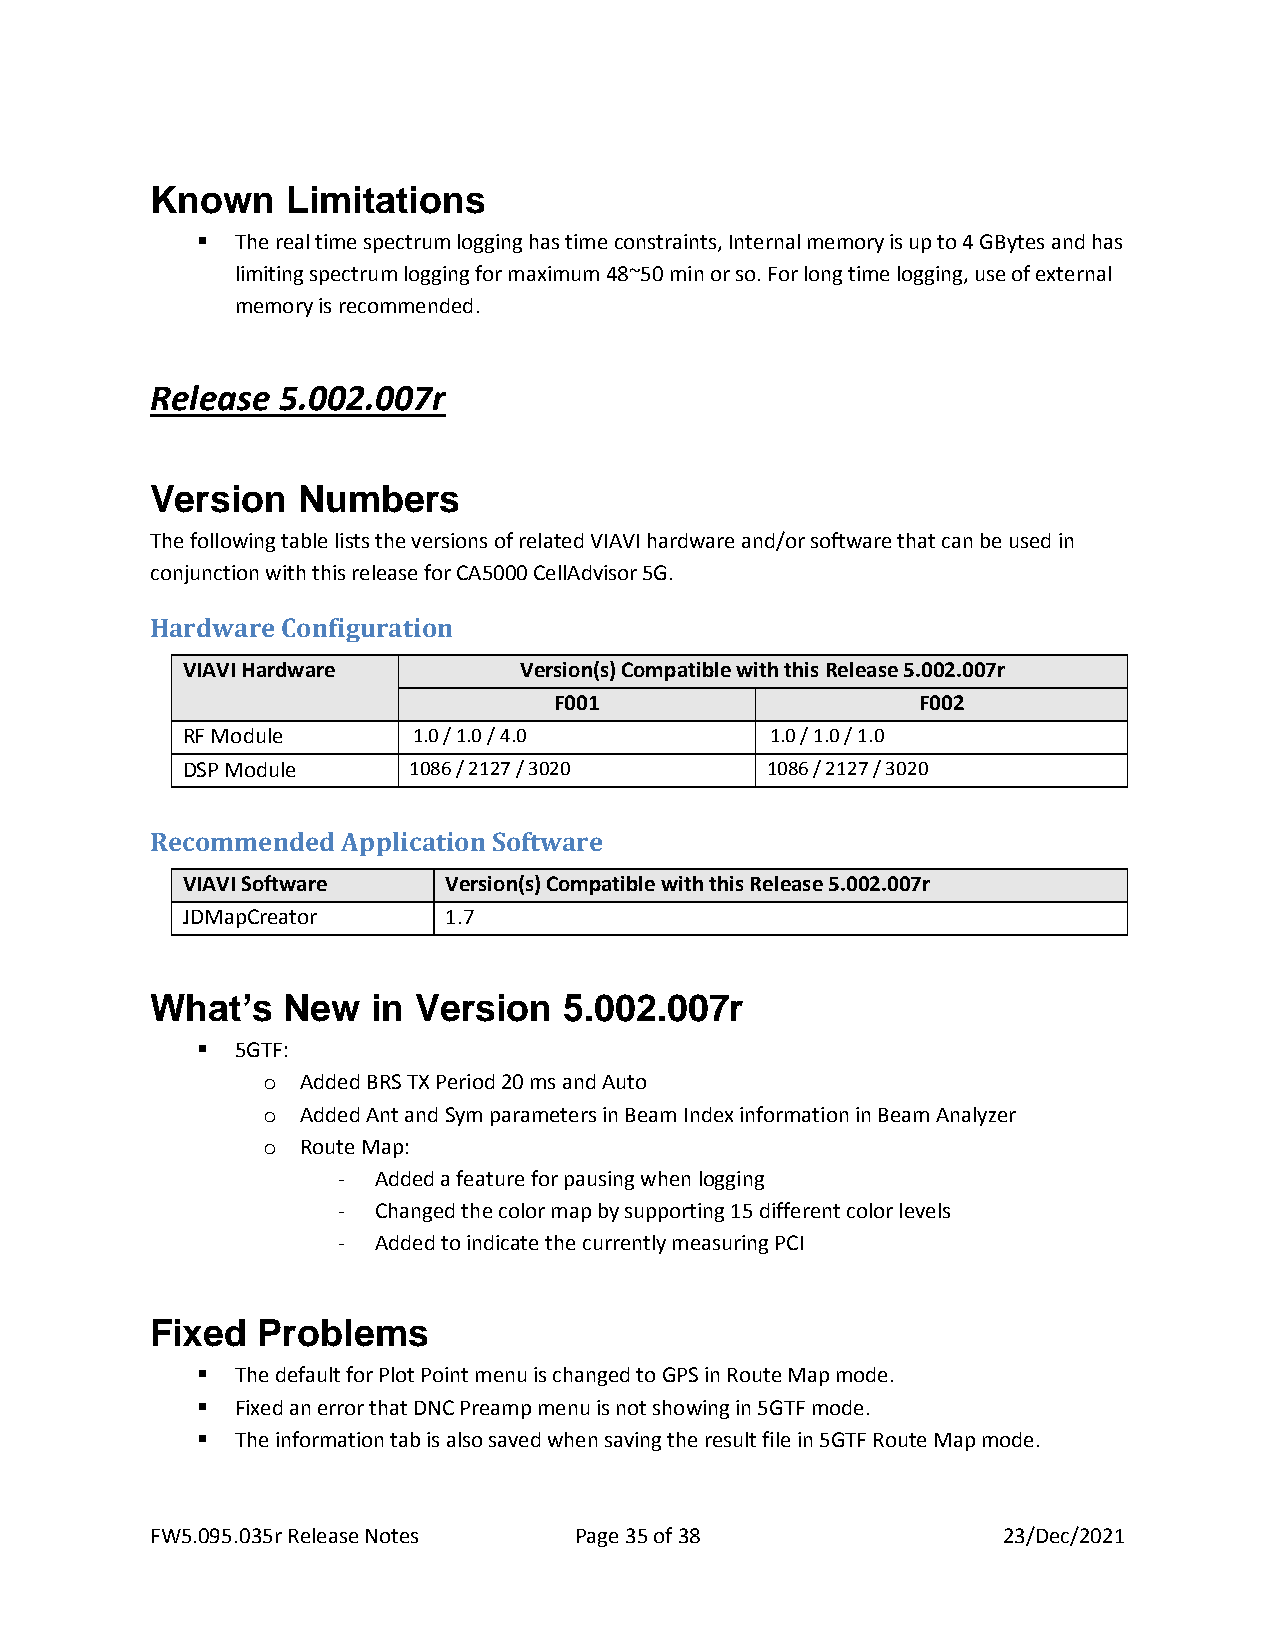
Known    Limitations
 ▪  The real time spectrum logging has time constraints, Internal memory is up to 4 GBytes and has
 limiting spectrum logging for maximum 48~50 min or so. For long time logging, use of external
 memory is recommended.
 Release 5.002.007r
 Version   Numbers
 The following table lists the versions of related VIAVI hardware and/or software that can be used in
 conjunction with this release for CA5000 CellAdvisor 5G.
 Hardware Configuration
 VIAVI Hardware        Version(s) Compatible with this Release 5.002.007r
 F001                    F002
 RF Module      1.0 / 1.0 / 4.0         1.0 / 1.0 / 1.0
 DSP Module     1086 / 2127 / 3020      1086 / 2127 / 3020
 Recommended  Application Software
 VIAVI Software   Version(s) Compatible with this Release 5.002.007r
 JDMapCreator     1.7
 What’s   New   in Version  5.002.007r
 ▪  5GTF:
 o  Added BRS TX Period 20 ms and Auto
 o  Added Ant and Sym parameters in Beam Index information in Beam Analyzer
 o  Route Map:
 -  Added a feature for pausing when logging
 -  Changed the color map by supporting 15 different color levels
 -  Added to indicate the currently measuring PCI
 Fixed  Problems
 ▪  The default for Plot Point menu is changed to GPS in Route Map mode.
 ▪  Fixed an error that DNC Preamp menu is not showing in 5GTF mode.
 ▪  The information tab is also saved when saving the result file in 5GTF Route Map mode.
 FW5.095.035r Release Notes  Page 35 of 38               23/Dec/2021